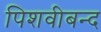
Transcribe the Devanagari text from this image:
पिशवीबन्द